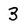
Character: 3